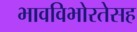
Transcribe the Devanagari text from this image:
भावविभोरतेसह